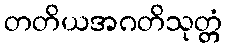
တတိယအဂတိသုတ္တံ